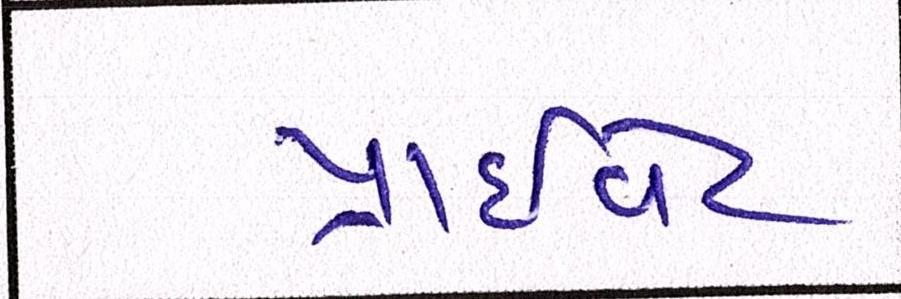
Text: પ્રાઈવેટ